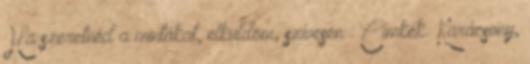
Ha szeretnéd a mintákat, elküldöm, szívesen : Címkék: Karácsony,